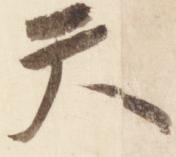
天